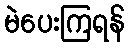
မဲပေးကြရန်